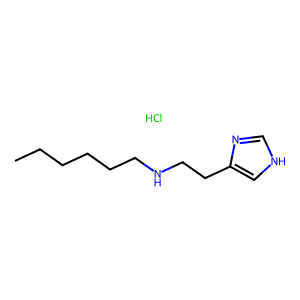
SMILES: CCCCCCNCCc1c[nH]cn1.Cl
Inhibits HIV replication: No